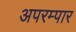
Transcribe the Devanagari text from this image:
अपरम्पार